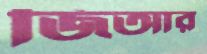
জিআর